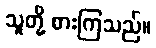
သူတို့ စားကြသည်။